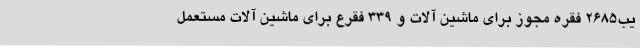
یب2685 فقره مجوز برای ماشین آلات و 339 فقرع برای ماشین آلات مستعمل